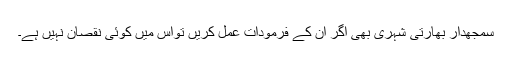
سمجھدار بھارتی شہری بھی اگر ان کے فرمودات عمل کریں تواس میں کوئی نقصان نہیں ہے۔